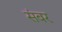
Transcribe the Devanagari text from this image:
संबर